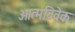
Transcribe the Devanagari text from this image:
आत्मविवेक